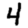
Digit: 4